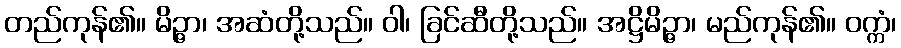
တည်ကုန်၏။ မိဉ္ဇာ၊ အဆံတို့သည်။ ဝါ၊ ခြင်ဆီတို့သည်။ အဋ္ဌိမိဉ္ဇာ၊ မည်ကုန်၏။ ဝက္ကံ၊